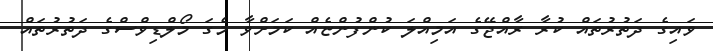
ވައިގެ ދަތުރުތައް ކުރާ ރާއްޖޭގެ އަމިއްލަ ކުންފުންޏެއް ކަމަށްވާ މެގަ މޯލްޑިވްސްގެ ދަތުރުތައް